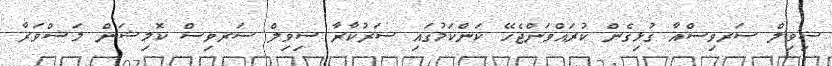
ސިވިލް ސަރވިސްއާ ގުޅިގެން ކުރައްވަންޖެހޭ ކަންކަމުގައި ސަރުކާރާ ސިވިލް ސަރވިސް ކޮމިޝަން މަޝްވަރާ